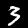
Label: 3